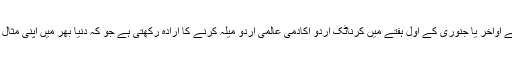
دسمبر کے اواخر یا جنوری کے اول ہفتے میں کرناٹک اُردو اکادمی عالمی اُردو میلہ کرنے کا ارادہ رکھتی ہے جو کہ دُنیا بھر میں اپنی مثال آپ ہو گا۔